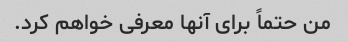
من حتماً برای آنها معرفی خواهم کرد.